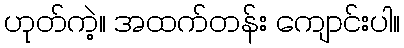
ဟုတ်ကဲ့။ အထက်တန်း ကျောင်းပါ။